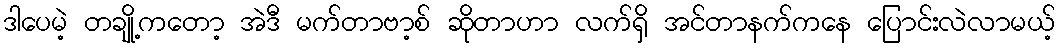
ဒါပေမဲ့ တချို့ကတော့ အဲဒီ မက်တာဗာ့စ် ဆိုတာဟာ လက်ရှိ အင်တာနက်ကနေ ပြောင်းလဲလာမယ့်